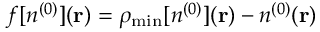
f [ n ^ { ( 0 ) } ] ( { \bf r } ) = \rho _ { \mathrm { m i n } } [ n ^ { ( 0 ) } ] ( { \bf r } ) - n ^ { ( 0 ) } ( { \bf r } )